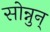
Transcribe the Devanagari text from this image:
सोन्नुन्